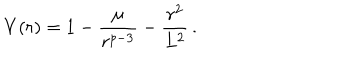
V ( r ) = 1 - { \frac { \mu } { r ^ { p - 3 } } } - { \frac { r ^ { 2 } } { L ^ { 2 } } } \, .